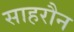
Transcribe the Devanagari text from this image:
साहरौन